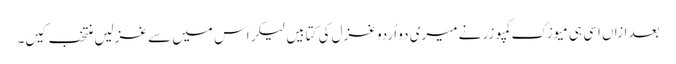
بعد ازاں اسی ہی میوزک کمپوزر نے میری دو اُردو غزل کی کتابیں لیکر اس میں سے غزلیں منتخب کیں۔